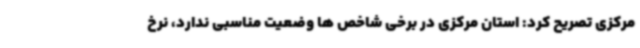
مرکزی تصریح کرد: استان مرکزی در برخی شاخص ها وضعیت مناسبی ندارد، نرخ